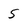
Character: 5